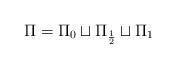
LaTeX: \begin{align*}\Pi=\Pi_{0}\sqcup\Pi_{\frac{1}{2}}\sqcup\Pi_{1}\end{align*}